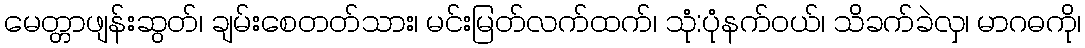
မေတ္တာဖျန်းဆွတ်၊ ချမ်းစေတတ်သား၊ မင်းမြတ်လက်ထက်၊ သုံ:ပုံနက်ဝယ်၊ သိခက်ခဲလှ၊ မာဂဓကို၊